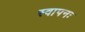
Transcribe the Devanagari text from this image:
स्वापनः